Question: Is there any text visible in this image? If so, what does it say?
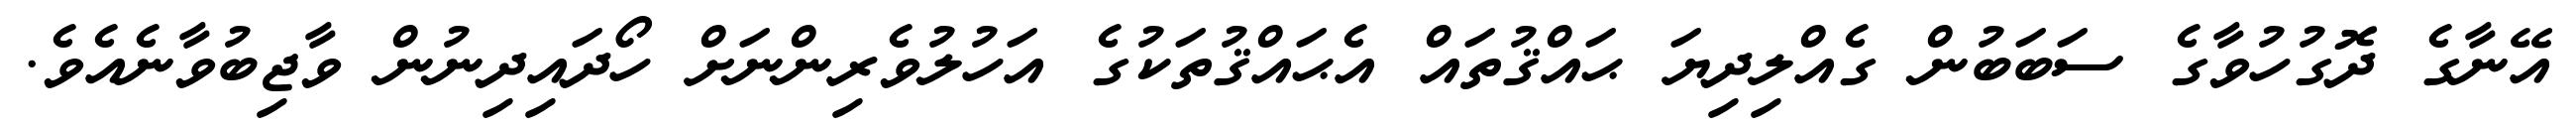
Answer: އޭނާގެ ދޮގުހުވާގެ ސަބަބުން ގެއްލިދިޔަ ޙައްޤުތައް އެޙައްޤުތަކުގެ އަހުލުވެރިންނަށް ހޯދައިދިނުން ވާޖިބުވާނެއެވެ.